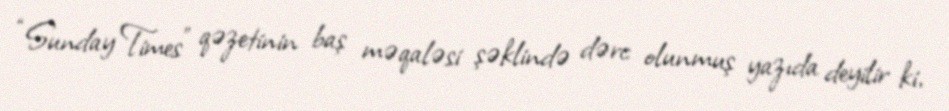
“Sunday Times” qəzetinin baş məqaləsi şəklində dərc olunmuş yazıda deyilir ki,